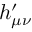
h _ { \mu \nu } ^ { \prime }